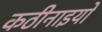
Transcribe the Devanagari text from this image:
कठीनाइयों